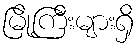
မြို့ကြီးများရှိ